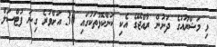
މި މަޝްރޫއުގެ ދަށުން ރާއްޖޭގެ އެކި ކަންކޮޅުތަކުގައި 30 އަށްވުރެ ގިނަ ފުޓްސަލް